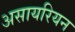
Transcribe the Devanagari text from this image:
असायरियन